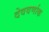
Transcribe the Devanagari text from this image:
देववर्णाक